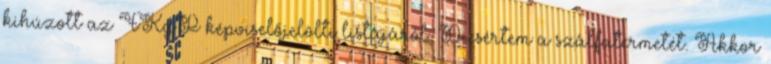
kihúzott az FKgP képviselőjelölti listájáról. Di­csér­tem a szálfatermetét. Akkor